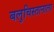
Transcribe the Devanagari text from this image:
बलुचिस्तानाला